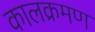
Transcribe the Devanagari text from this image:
कालक्रमण